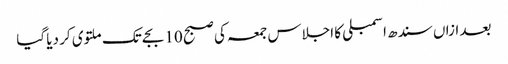
بعد ازاں سندھ اسمبلی کا اجلاس جمعہ کی صبح 10 بجے تک ملتوی کر دیا گیا